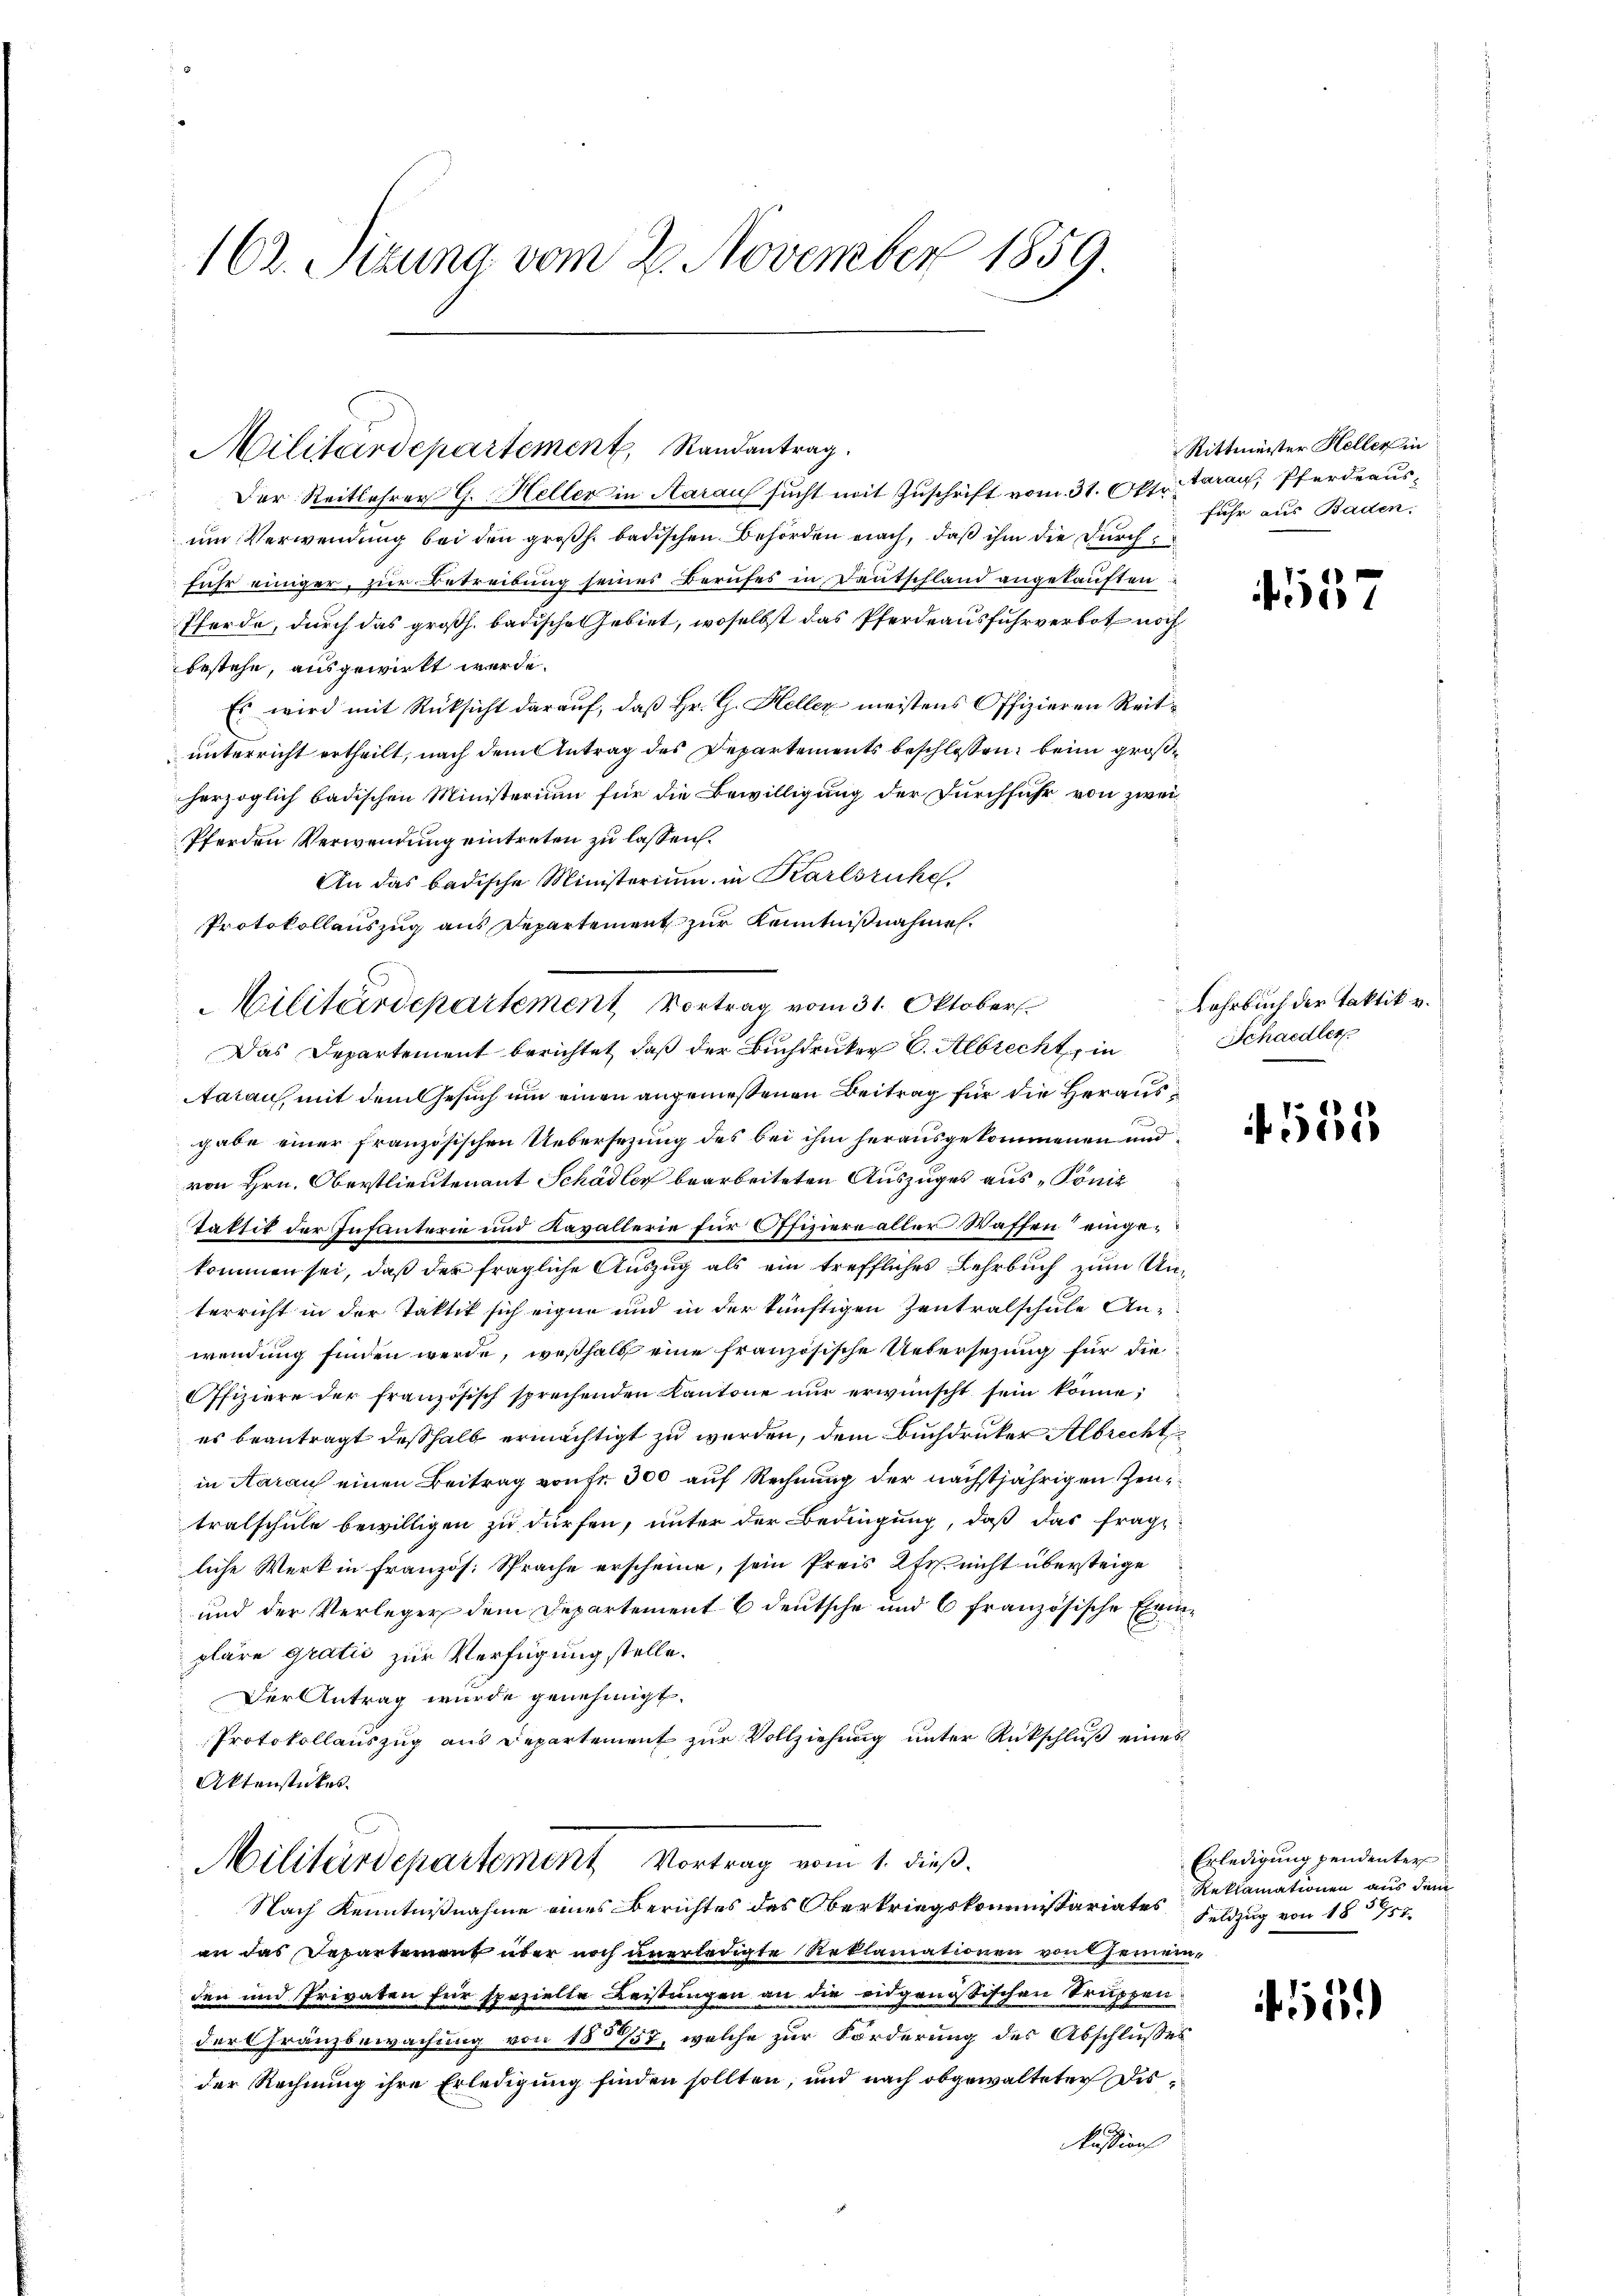
162. Sizung vom 2. November 1859.

Militärdepartement Vortrag vom 31. Oktober.

Militärdepartement Randantrag
Der Reitlehrer G. Heller in Aarauf sucht mit Zuschrift vom 31. Okt. Garan, Pferdeausum Verwendung bei den großh. badischen Behörden nach, daß ihm die durch
fuhr einiger, zur Betreibung seines Berufes in Deutschland angekauften
Pferde, durch das großh. badische Gebiet, woselbst das Pferdeausfuhrverbot noch
bestehe, ausgewirkt werde.
Es wird mit Rücksicht darauf, daß Hr. G. Heller meistens Offizieren Reitunterricht ertheilt, nach dem Antrag des Departements beschlossen, beim großherzoglich badischen Ministerium für die Bewilligung der Durchfuhr von zwei
Pferden Verwendung eintreten zu lassen.
An das badische Ministerium in Karlsruhe
Protokollauszug aus Departement zur Kenntnißnahme.
Das Departement berichtet, daß der Buchdrucker 6. Albrecht, in
Aarau mit dem Gesuch um einen angemeßenen Beitrag für die Heraus¬
1
gabe einer französischen Uebersezung des bei ihm herausgekommenen und
von Hrn. Oberstlieutenant Schädler bearbeiteten Auszuges aus „König
Taktik der Infanterie und Kavallerie für Offiziere aller Waffen eingekommen sei, daß der fragliche Auszug als ein treffliches Lehrbuch zum Unterricht in der Taktik sich eigen und in der künftigen Zentralschule Anwendung finden werde, weßhalb eine französische Uebersezung für die
Offiziere der französisch sprechenden Kantone nur erwünscht sein könne;
es beantragt deßhalb ermächtigt zu werden, dem Buchdrucker Albrecht
in Aarauf einen Beitrag von fr. 300 auf Rechnung der nächstjährigen Zeutralschule bewilligen zu dürfen, unter der Bedingung, daß das frage
liche Werk in Französ. Sprache erscheine, sein Preis 2fr. nicht übersteige
und der Verleger dem Departement E deutsche und 6 französische Erinpläre gratić zur Verfügung stelle.
Der Antrag wurde genehmigt.
Protokollauszug aus Departement zur Vollziehung unter Rückschluß eines
Aktenstückes.
Militärsepartement vom 1. dieß
Nach Kenntnißnahme eines Berichtes des Oberkriegskommissariates Feldzug von 183751.
an das Departement über noch unerledigte Reklamationen von Gemeinden und Privaten für spezielte Leistungen an die eidgenössischen Truppen
der Franzbewachung von 1857, welche zur Förderung des Abschlußes
der Rechnung ihre Erledigung finden sollten, und nach obgewalteten Dis¬
1
kussions

Rittmeister Heller in
fuhr aus Baden.

4557

Lehrbuch der Taktik v.
Schaedler

555

Erledigung pendenter
Reklamationen aus dem

1534)